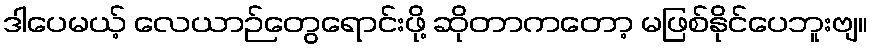
ဒါပေမယ့် လေယာဉ်တွေရောင်းဖို့ ဆိုတာကတော့ မဖြစ်နိုင်ပေဘူးဗျ။